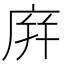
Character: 庰